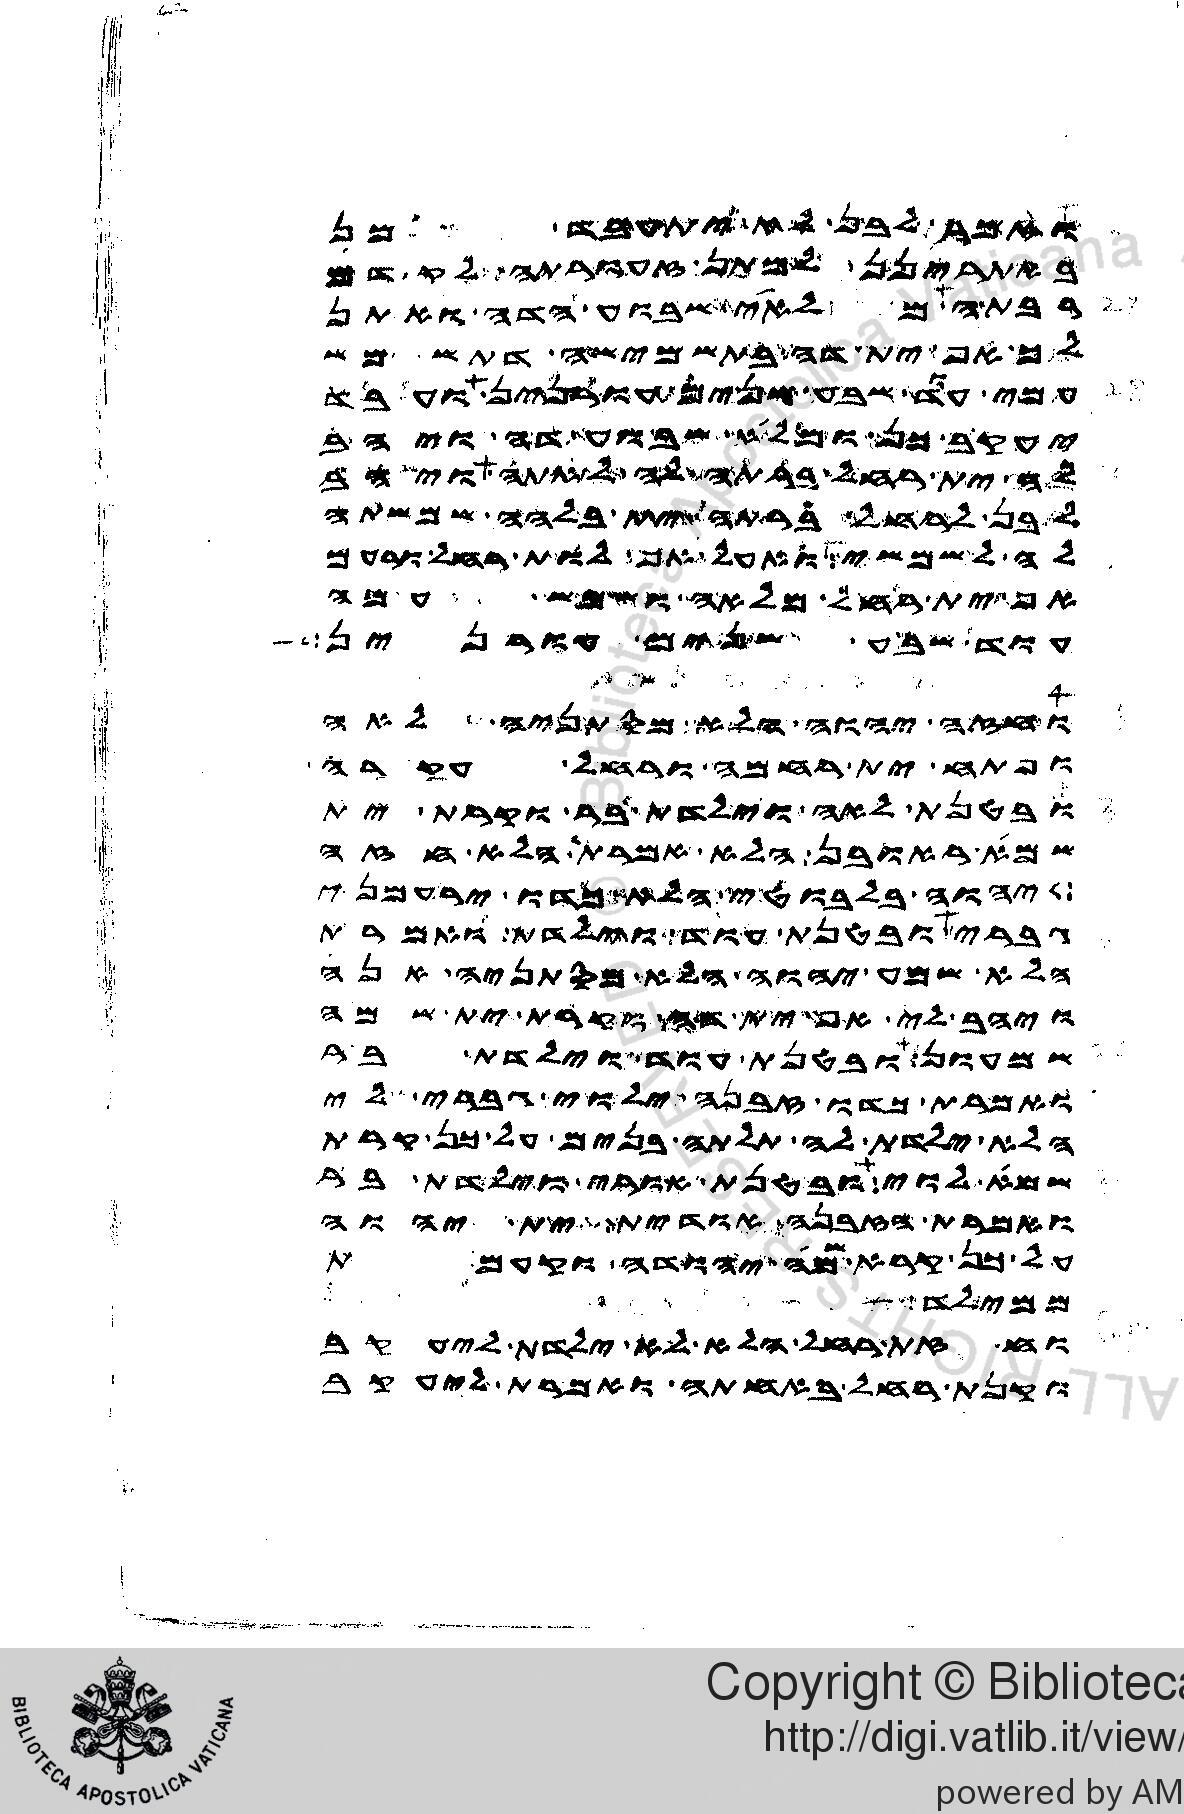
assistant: ואמר לבן לא יתעבד כן
באתרינן למתן זעורתה לקדם
רבתה מלאי שבוע הדה ואתן
לך אף ית דה בתשמישה דתשמש
עמי עוד שבע שנים עורנין ועבד
יעקב כן ומלי שבוע דה ויהב
לה ית רחל ברתה לה לאתה ויהב
לבן לרחל ברתה ית בלהה שמשתה
לה לשמשי ואעל אף לות רחל ורעם
ית רחל מלאה ושמש עמה
עוד שבע שנים עורנין
וחזה יהוה הלא מסתניה לאה
ופתח ית רחמה ורחל עקרה
ובטנת לאה וילדת בר וקרת ית
שמא ראובן הלא אמרת הלא חזה
יהוה בלבוטי הלא כדו ירעמני
גברי ובטנת עוד וילדת ואמרת
הלא שמע יהוה הלא מסתניה אנה
ויהב לי אף ית דה וקרת ית שמה
שמעון ובטנת עוד וילדת בר
ואמרת כדו זבנה ילוי גברי לי
הלא ילדת לה תלתה בנים על כן קרת
שמא לוי ובטנת אורי וילדת בר
ואמרת הזבנה אודית ית יהוה
על כן קרא שמה יהודה וקעמת
ממילד
וחזת רחל הלא לא ילדת ליעקב
וקנת רחל באחתה ואמרת ליעקב